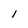
Character: 1